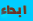
ابداء